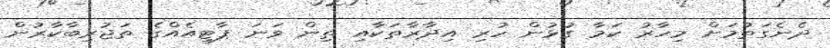
ދެނެގަތުމަށް މިހާރު ކަމާ ގުޅުން ހުރި އިދާރާތަކާއި ތިން ވަނަ ޕާޓީއެއްގެ ތަޖުރިބާކާރުން